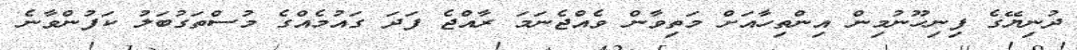
ދުނިޔޭގެ ފިނިހޫނުމިން އިންތިހާއަށް މަތިވާން ވެއްޖެނަމަ ރާއްޖެ ފަދަ ގައުމެއްގެ މުސްތަގުބަލު ކަފުންވާނެ